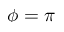
\phi = \pi